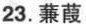
23.蒹葭